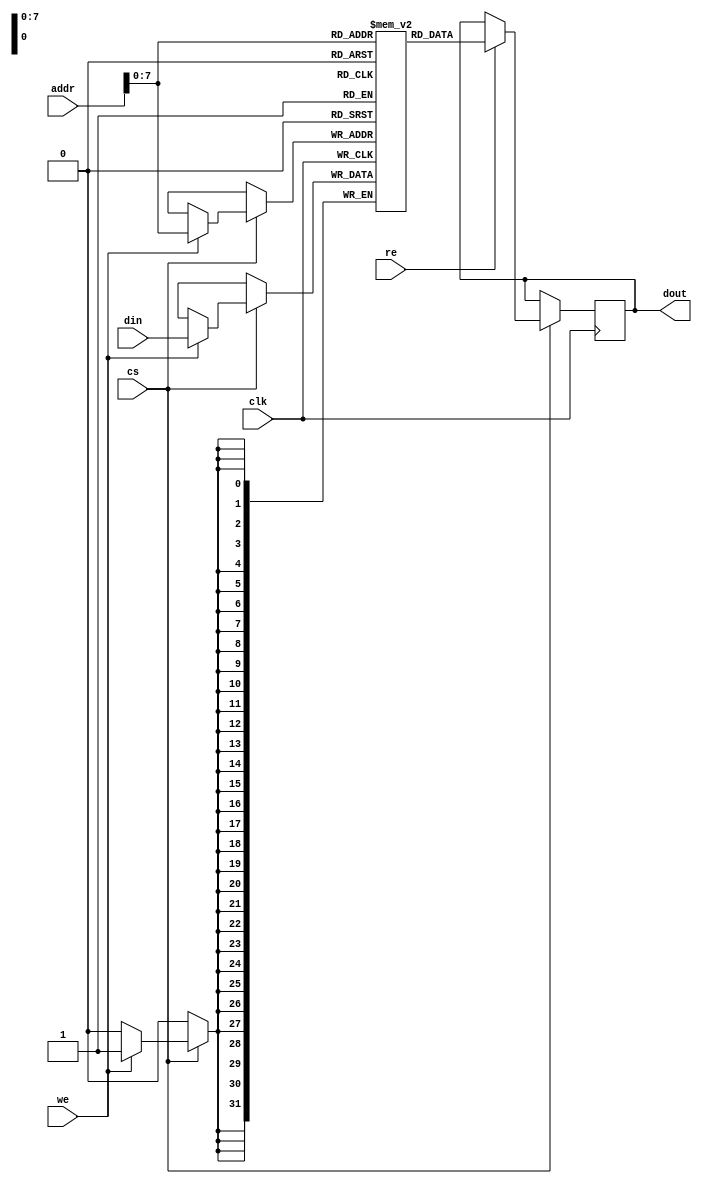
module ScratchpadMemory #(
    parameter MEM_SIZE = 1024,    // Memory size in bytes (configurable)
    parameter DATA_WIDTH = 32      // Data width in bits (configurable)
) (
    input wire clk,                // Clock signal
    input wire cs,                 // Chip Select
    input wire we,                 // Write Enable
    input wire re,                 // Read Enable
    input wire [MEM_SIZE-1:0] addr, // Address (flat addressing)
    input wire [DATA_WIDTH-1:0] din, // Data input
    output reg [DATA_WIDTH-1:0] dout // Data output
);

    // Memory array declaration
    reg [DATA_WIDTH-1:0] mem [(MEM_SIZE/4)-1:0]; // 4 bytes per memory location

    // Initialization (resets memory to a known state)
    integer i;
    initial begin
        for (i = 0; i < MEM_SIZE/4; i = i + 1) begin
            mem[i] = 0; // Initialize memory to 0
        end
    end

    // Synchronous read and write operations
    always @(posedge clk) begin
        if (cs) begin  // Check if memory is enabled
            if (we) begin
                mem[addr] <= din;  // Write data
            end
            if (re) begin
                dout <= mem[addr]; // Read data
            end
        end 
    end

endmodule